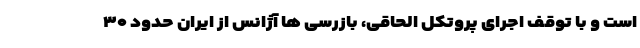
است و با توقف اجرای پروتکل الحاقی، بازرسی ها آژانس از ایران حدود ۳۰